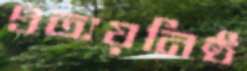
প্রত্যয়নিষ্ঠ